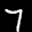
Label: 7